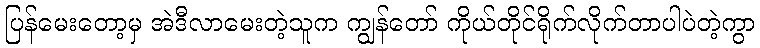
ပြန်မေးတော့မှ အဲဒီလာမေးတဲ့သူက ကျွန်တော် ကိုယ်တိုင်ရိုက်လိုက်တာပါပဲတဲ့ကွာ